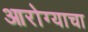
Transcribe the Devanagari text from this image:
आरोग्याचा